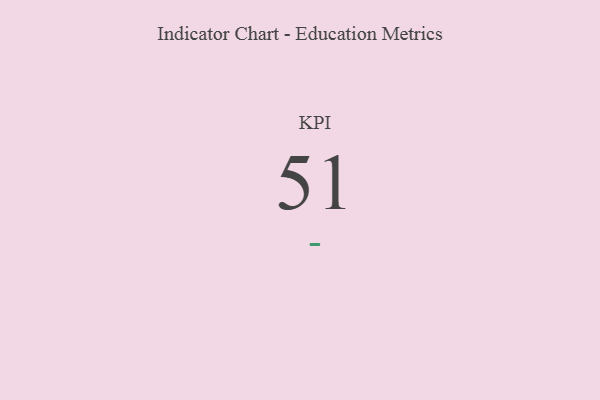
{"axis": {"x": "KPI", "y": "Value"}, "legend": [""], "data": [{"x": "KPI", "y": 51, "type": ""}]}